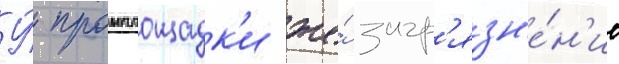
У́ промплощадк'и же́ загр'язн'е́н'ие